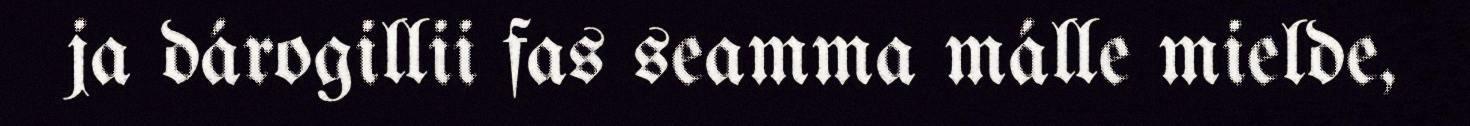
ja dárogillii fas seamma málle mielde,